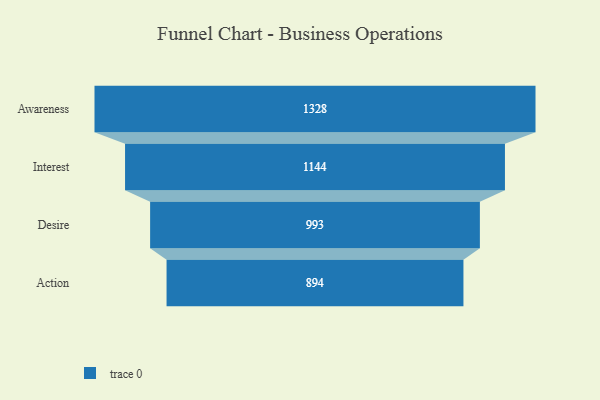
{"axis": {"x": "Stage", "y": "Value"}, "legend": [""], "data": [{"x": "Awareness", "y": 1328.0, "type": ""}, {"x": "Interest", "y": 1144.0, "type": ""}, {"x": "Desire", "y": 993.0, "type": ""}, {"x": "Action", "y": 894.0, "type": ""}]}